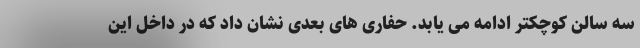
سه سالن کوچکتر ادامه می یابد. حفاری های بعدی نشان داد که در داخل این